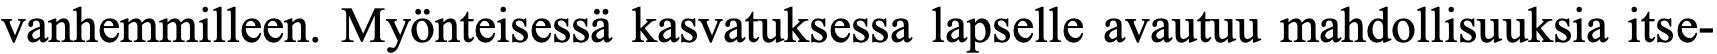
vanhemmilleen. Myönteisessä kasvatuksessa lapselle avautuu mahdollisuuksia itse-